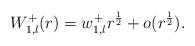
LaTeX: \begin{align*}W^+_{1,l}(r)= w_{1,l}^+r^{\frac{1}{2}}+o(r^{\frac{1}{2}}).\end{align*}